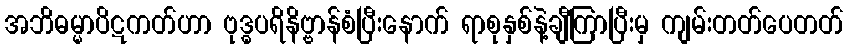
အဘိဓမ္မာပိဋကတ်ဟာ ဗုဒ္ဓပရိနိဗ္ဗာန်စံပြီးနောက် ရာစုနှစ်နဲ့ချီကြာပြီးမှ ကျမ်းတတ်ပေတတ်